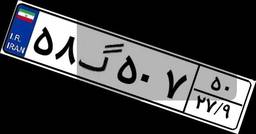
۵۸گ۵۰۷۵۰